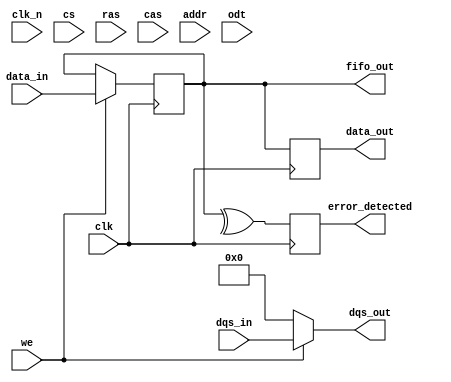
module gddr5_io_block #(
    parameter DATA_WIDTH = 64, // Can be 32, 64, or 128 bits
    parameter ADDR_WIDTH = 16   // Address width for memory access
)(
    input wire clk,               // Differential clock input CK
    input wire clk_n,             // Differential clock input CK#
    input wire [DATA_WIDTH-1:0] data_in, // Data input
    output wire [DATA_WIDTH-1:0] data_out, // Data output
    input wire [DATA_WIDTH/8-1:0] dqs_in, // Data strobe input
    output wire [DATA_WIDTH/8-1:0] dqs_out, // Data strobe output
    input wire cs,                // Chip select
    input wire ras,               // Row address strobe
    input wire cas,               // Column address strobe
    input wire we,                // Write enable
    input wire [ADDR_WIDTH-1:0] addr, // Address input
    input wire odt,               // On-die termination
    output wire error_detected,    // Error detection output
    output wire [DATA_WIDTH-1:0] fifo_out // FIFO output
);

// Internal signals
reg [DATA_WIDTH-1:0] fifo_buffer; // FIFO buffer
reg error_flag; // Error detection flag

// Clock management
always @(posedge clk or negedge clk_n) begin
    // Clock phase adjustment and synchronization logic
end

// Data input/output logic
always @(posedge clk) begin
    if (we) begin
        fifo_buffer <= data_in; // Write data to FIFO
    end
    data_out <= fifo_buffer; // Output data from FIFO
end

// Data strobe management
assign dqs_out = (we) ? dqs_in : 0; // Output DQS when writing

// Control signal logic
always @(posedge clk) begin
    if (cs) begin
        // Handle memory commands based on RAS, CAS, WE
        // This is where the memory operation logic would be implemented
    end
end

// Error detection logic (simple parity check for illustration)
always @(posedge clk) begin
    error_flag <= ^fifo_buffer; // Simple parity check
end

assign error_detected = error_flag;

// FIFO output logic (for demonstration purposes)
assign fifo_out = fifo_buffer;

endmodule